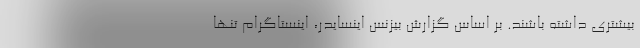
بیشتری داشته باشند. بر اساس گزارش بیزنس اینسایدر، اینستاگرام تنها